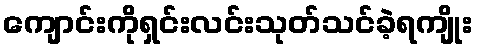
ကျောင်းကိုရှင်းလင်းသုတ်သင်ခဲ့ရကျိုး